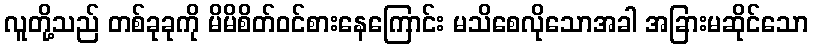
လူတို့သည် တစ်ခုခုကို မိမိစိတ်ဝင်စားနေကြောင်း မသိစေလိုသောအခါ အခြားမဆိုင်သော